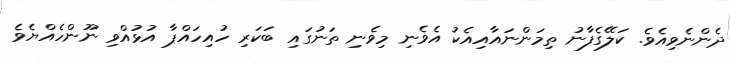
ދެންނެވިއެވެ. ކަލޭގެފާނު ތިމަންނައާއިއެކު އެވެނި މިވެނި ތަނުގައި ބަކަރި ހުއިހައްޕާ އުޅުއްވި ނޫންހެއްޔެވެ